Report on vaccination in the Province of Bengal - 1869-1873
Year: 1869
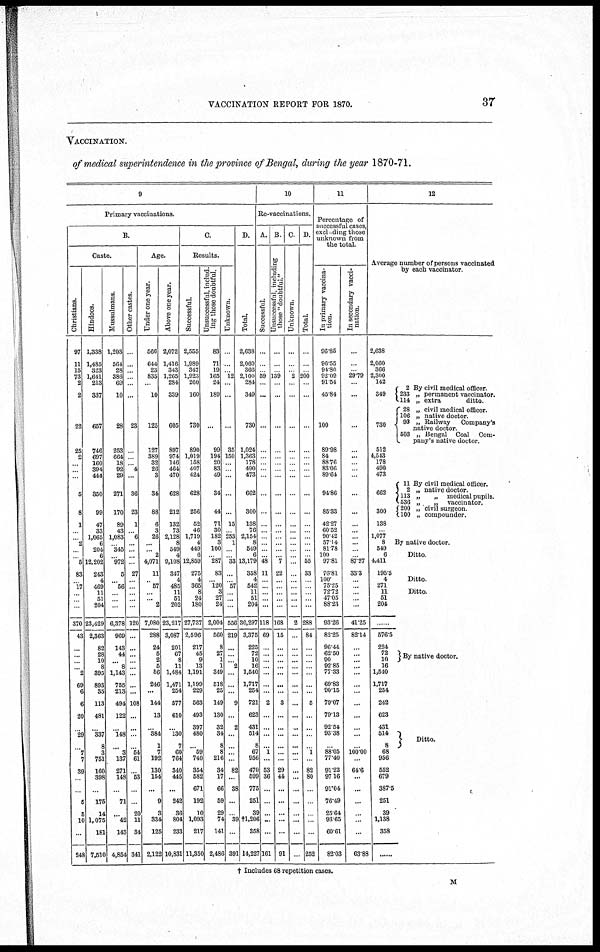
VACCINATION REPORT FOR 1870.
37
VACCINATION.
of medical superintendence in the province of Bengal, during the year 1870-71.
9
Primary vaccinations.
B.
Caste.
Christians.
97
11
15
73
2
2
22
25
2
...
...
...
5
8
1
...
... 2
...
... 5
83
... 17
...
...
...
370
43
...
...
...
... 2
69
6
6
20
...
29
...
7
7
39
...
...
5
5
10
...
248
Hindoos.
1,338
1,485
323
1,641
213
337
657
746
697
160
394
444
350
99
47
33
1,065
6
204
6
12,202
243
4
469
11
51
204
23,429
2,363
82
28
10
8
395
893
35
113
481
...
337
8
3
751
160
398
...
175
14
1,075
181
7,510
Mussulmans.
1,203
564
28
386
69
10
28
253
664
18
92
29
271
170
89
43
1,083
... 345
... 972
5
... 56
...
...
...
6,378
969
143
44
... 8
1,143
755
213
494
122
...
148
...
3
137
271
148
...
71
...
42
143
4,854
Other castes.
..
..
..
...
...
...
23
...
...
... 4
...
36
23
1
...
6
...
...
...
...
27
... ...
...
...
...
120
...
...
...
...
...
...
...
...
108
...
...
...
...
54
61
...
53
...
...
20
11
34
341
Age.
Under one year.
566
644
23
835
...
10
125
127
389
32
26
3
34
88
6
3
26
...
... 2
4,071
11
... 57
...
... 2
7,080
288
24
5
2
5
56
246
...
144
13
...
384
1
7
192
130
154
...
9
3
334
125
2,122
Above one year.
2,072
1,416
343
1,265
284
339
605
897
974
146
464
470
628
212
132
73
2,128
8
549
4
9,108
347
4
485
11
51
202
23,217
3,087
201
67
8
11
1,484
1,471
254
577
610
...
130
7
60
764
340
445
...
242
36
804
233
10,831
C.
Results.
Successful.
2,555
1,989
347
1,923
260
160
730
890
1,019
158
407
424
628
256
52
46
1,719
4
449
6
12,859
275
4
365
8
24
180
27,737
2,596
217
45
9
13
1,191
1,199
229
563
493
397
480
...
59
740
354
582
671
192
10
1,093
217
11,350
Unsuccessful, includ-
ing those doubtful.
83
71
19
165
24
189
...
99
194
20
83
49
34
44
71
30
182
3
100
... 287
83
... 120
3
27
24
2,004
560
8
27
1
1
349
518
25
149
130
32
34
8
8
216
34
17
66
59
29
74
141
2,486
Unknown.
..
..
.. 12
...
...
...
35
150
...
...
..
...
...
15
... 253
1
...
... 33
...
... 57
...
...
...
556
219
...
...
... 2
...
...
...
9
...
2
...
...
...
...
82
...
38
...
...
39
...
391
D.
Total.
2,638
2,060
366
2,100
284
349
730
1,024
1,363
178
490
473
662
300
138
76
2,154
8
549
6
13,179
358
4
542
11
51
204
30,297
3,375
225
72
10
16
1,540
1,717
254
721
623
431
514
8
67
956
470
599
775
251
39
†1,206
358
14,227
10
Re-vaccinations.
A.
Successful.
...
...
... 59
...
...
...
...
...
...
...
...
...
...
...
...
...
...
...
... 48
11
... ...
...
...
...
118
69
...
...
...
...
...
...
...
2
...
...
...
...
1
...
53
36
...
...
...
...
...
161
B.
Unsuccessful, including
those "doubtful."
...
...
... 139
...
...
...
...
...
...
...
...
...
...
...
...
...
...
...
... 7
22
... ...
...
...
...
168
15
...
...
...
...
...
...
...
3
...
...
...
...
...
...
29
44
...
...
...
...
...
91
C.
Unknown.
...
...
... 2
...
...
...
...
...
...
...
...
...
...
...
...
...
...
...
...
...
...
... ...
...
...
...
2
...
...
...
...
...
...
...
...
...
...
...
...
...
...
...
...
...
...
...
...
...
...
...
D.
Total.
...
...
... 200
...
...
...
...
...
...
...
...
...
...
...
...
...
...
...
... 55
33
... ...
...
...
...
288
84
...
...
...
...
...
...
...
5
...
...
...
...
1
...
82
80
..
...
...
..
...
252
11
Percentage of
successful cases,
excluding those
unknown from
the total.
In primary vaccina-
tion.
96.85
96.55
94.80
92.09
91.54
45.84
100
89.98
84
88.76
83.06
89.64
94.86
85.33
42.27
60.52
90.42
57.14
81.78
100
97.81
76.81
100
75.25
72.72
47.05
88.23
93.26
82.25
96.44
62.50
90
92.85
77.33
69.83
90.15
79.07
79.13
92.54
93.38
...
88.05
77.40
91.22
97.16
91.04
76.49
25.64
93.65
60.61
82.03
In secondary vacci-
nation.
...
...
... 29.79
...
...
...
...
...
...
... ..
...
...
...
...
...
...
...
... 87.27
33.3
... ...
...
...
...
41.25
82.14
...
...
...
...
...
...
...
...
...
...
...
...
100.00
...
64.6
...
...
...
...
...
...
63.88
12
Average number of persons vaccinated
by each vaccinator.
2,638
2,060
366
2,300
142
349
730
512
4,543
178
490
473
662
300
138
... 1,077
8
549
6
4,411
195.5
4
271
11
51
204
......
576.5
224
72
10
16
1,540
1,717
254
242
623
431
514
8
68
956
552
679
387.5
251
39
1,138
358
......
2 By civil medical officer.
233 „ permanent vaccinator.
114 „ extra
ditto.
28 „ civil medical officer.
106 „ native doctor.
93 „ Railway
Company's
native doctor.
503 „ Bengal Coal Com¬
pany's native doctor.
...
11 By civil medical officer.
2 „ native doctor.
113 „
„ medical pupils.
536 „
„ vaccinator.
200 „ civil surgeon
100 „ compounder.
By native doctor
Ditto.
Ditto.
Ditto.
By native doctor.
Ditto.
† Includes 68 repetition cases.
M